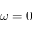
\omega = 0